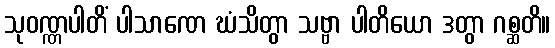
သုဝဏ္ဏပါတိံ ပါသာဏေ ဃံသိတွာ သဗ္ဗာ ပါတိယော ဒတွာ ဂစ္ဆတိ။